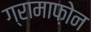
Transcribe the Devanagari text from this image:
ग्रामाफ़ोन